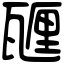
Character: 甅